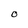
Character: O